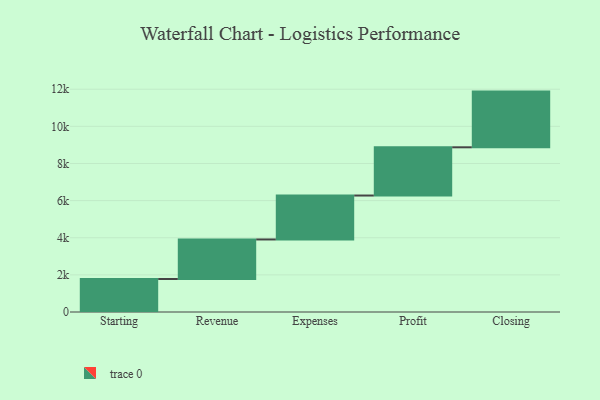
{"axis": {"x": "Step", "y": "Value"}, "legend": [""], "data": [{"x": "Starting", "y": 1778.0, "type": ""}, {"x": "Revenue", "y": 2129.0, "type": ""}, {"x": "Expenses", "y": 2366.0, "type": ""}, {"x": "Profit", "y": 2598.0, "type": ""}, {"x": "Closing", "y": 3000, "type": ""}]}